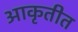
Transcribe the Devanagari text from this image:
आकृतीत